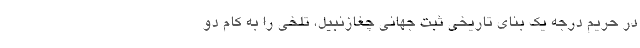
در حریم درجه یک بنای تاریخی ثبت جهانی چغازنبیل، تلخی را به کام دو